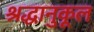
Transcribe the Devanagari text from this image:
श्रद्धानुकूल